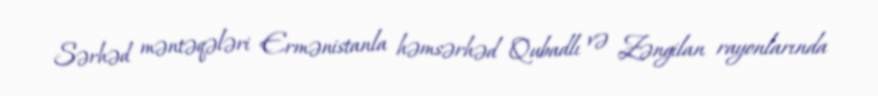
Sərhəd məntəqələri Ermənistanla həmsərhəd Qubadlı və Zəngilan rayonlarında